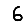
Digit: 6